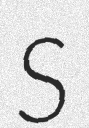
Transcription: S